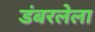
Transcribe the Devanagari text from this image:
डंबरलेला